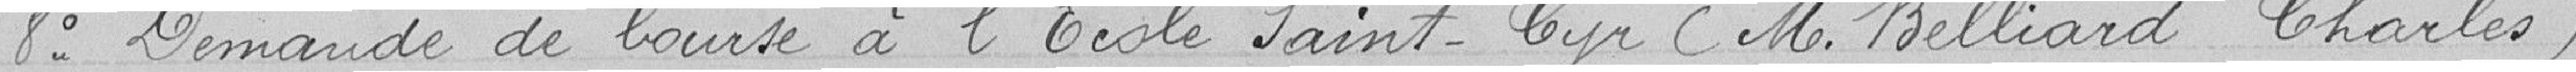
8° Demande de bourse à l'école Saint-Cyr ( M. Belliard Charles)